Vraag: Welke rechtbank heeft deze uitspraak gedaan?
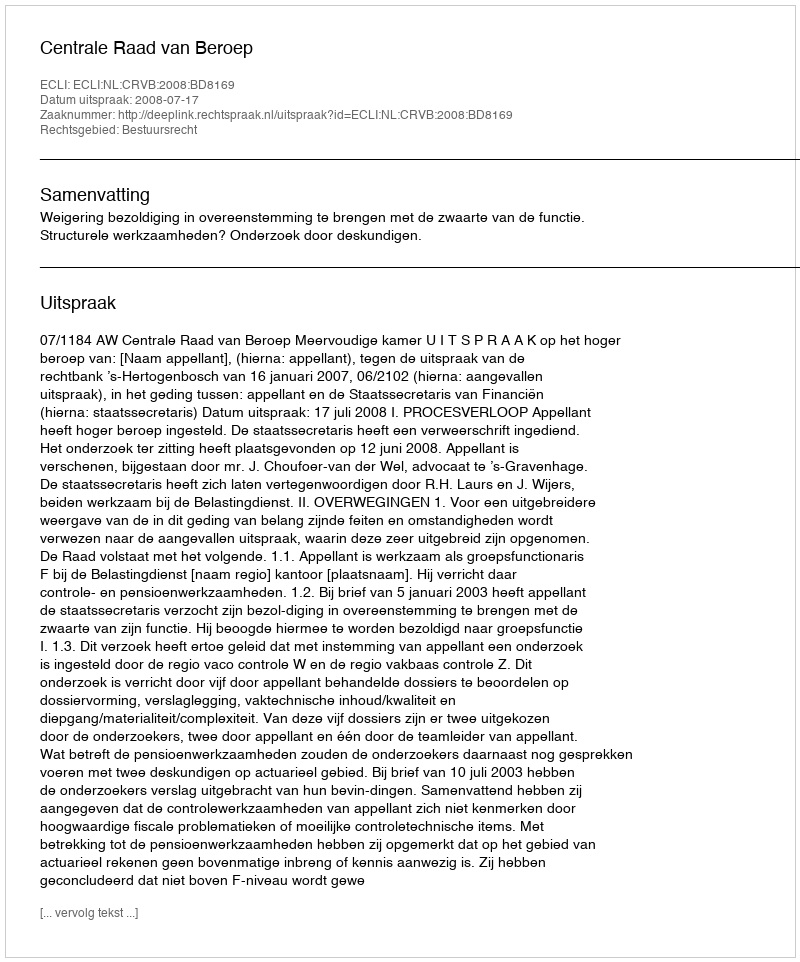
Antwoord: Centrale Raad van Beroep